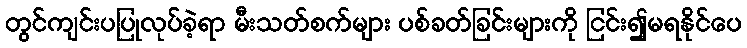
တွင်ကျင်းပပြုလုပ်ခဲ့ရာ မီးသတ်စက်များ ပစ်ခတ်ခြင်းများကို ငြင်း၍မရနိုင်ပေ